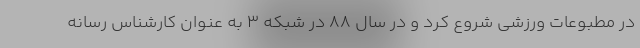
در مطبوعات ورزشی شروع کرد و در سال 88 در شبکه 3 به عنوان کارشناس رسانه